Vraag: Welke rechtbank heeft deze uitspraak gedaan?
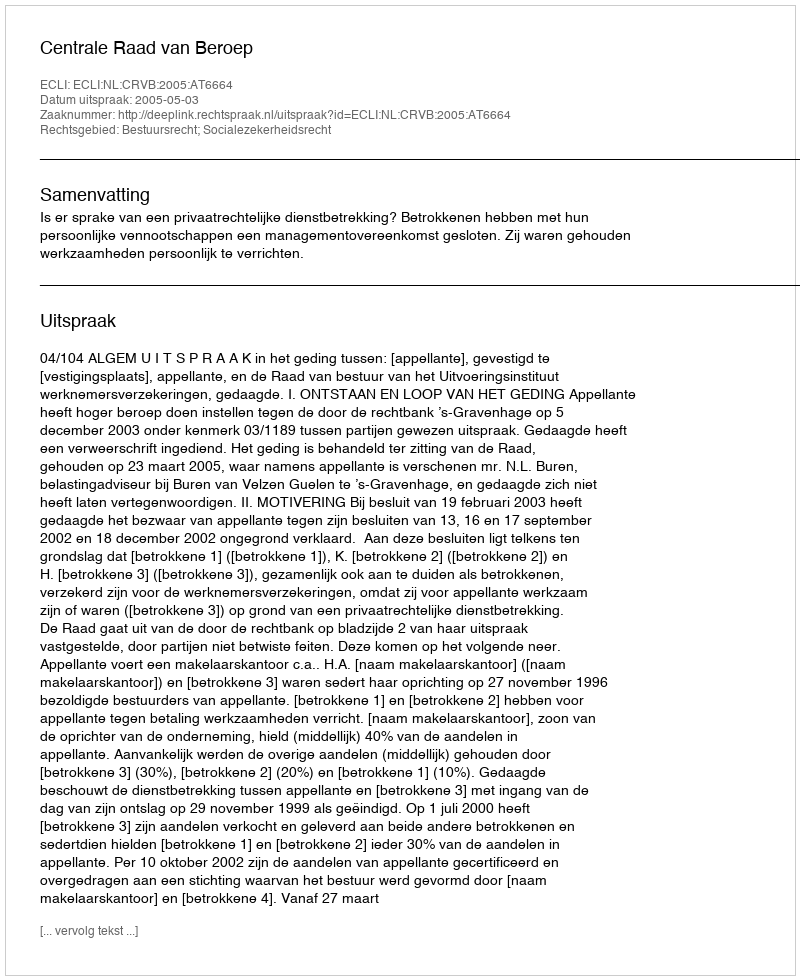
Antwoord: Centrale Raad van Beroep